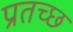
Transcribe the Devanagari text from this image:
प्रतच्छ